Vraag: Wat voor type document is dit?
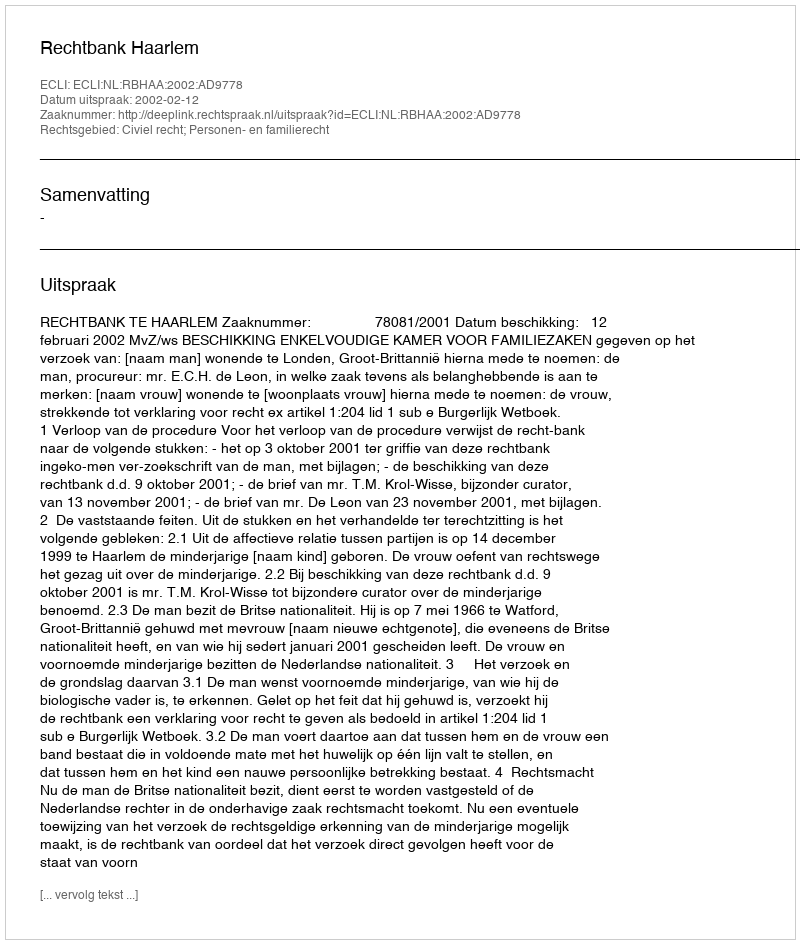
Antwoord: Uitspraak